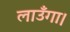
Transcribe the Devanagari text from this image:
लाउँगा।